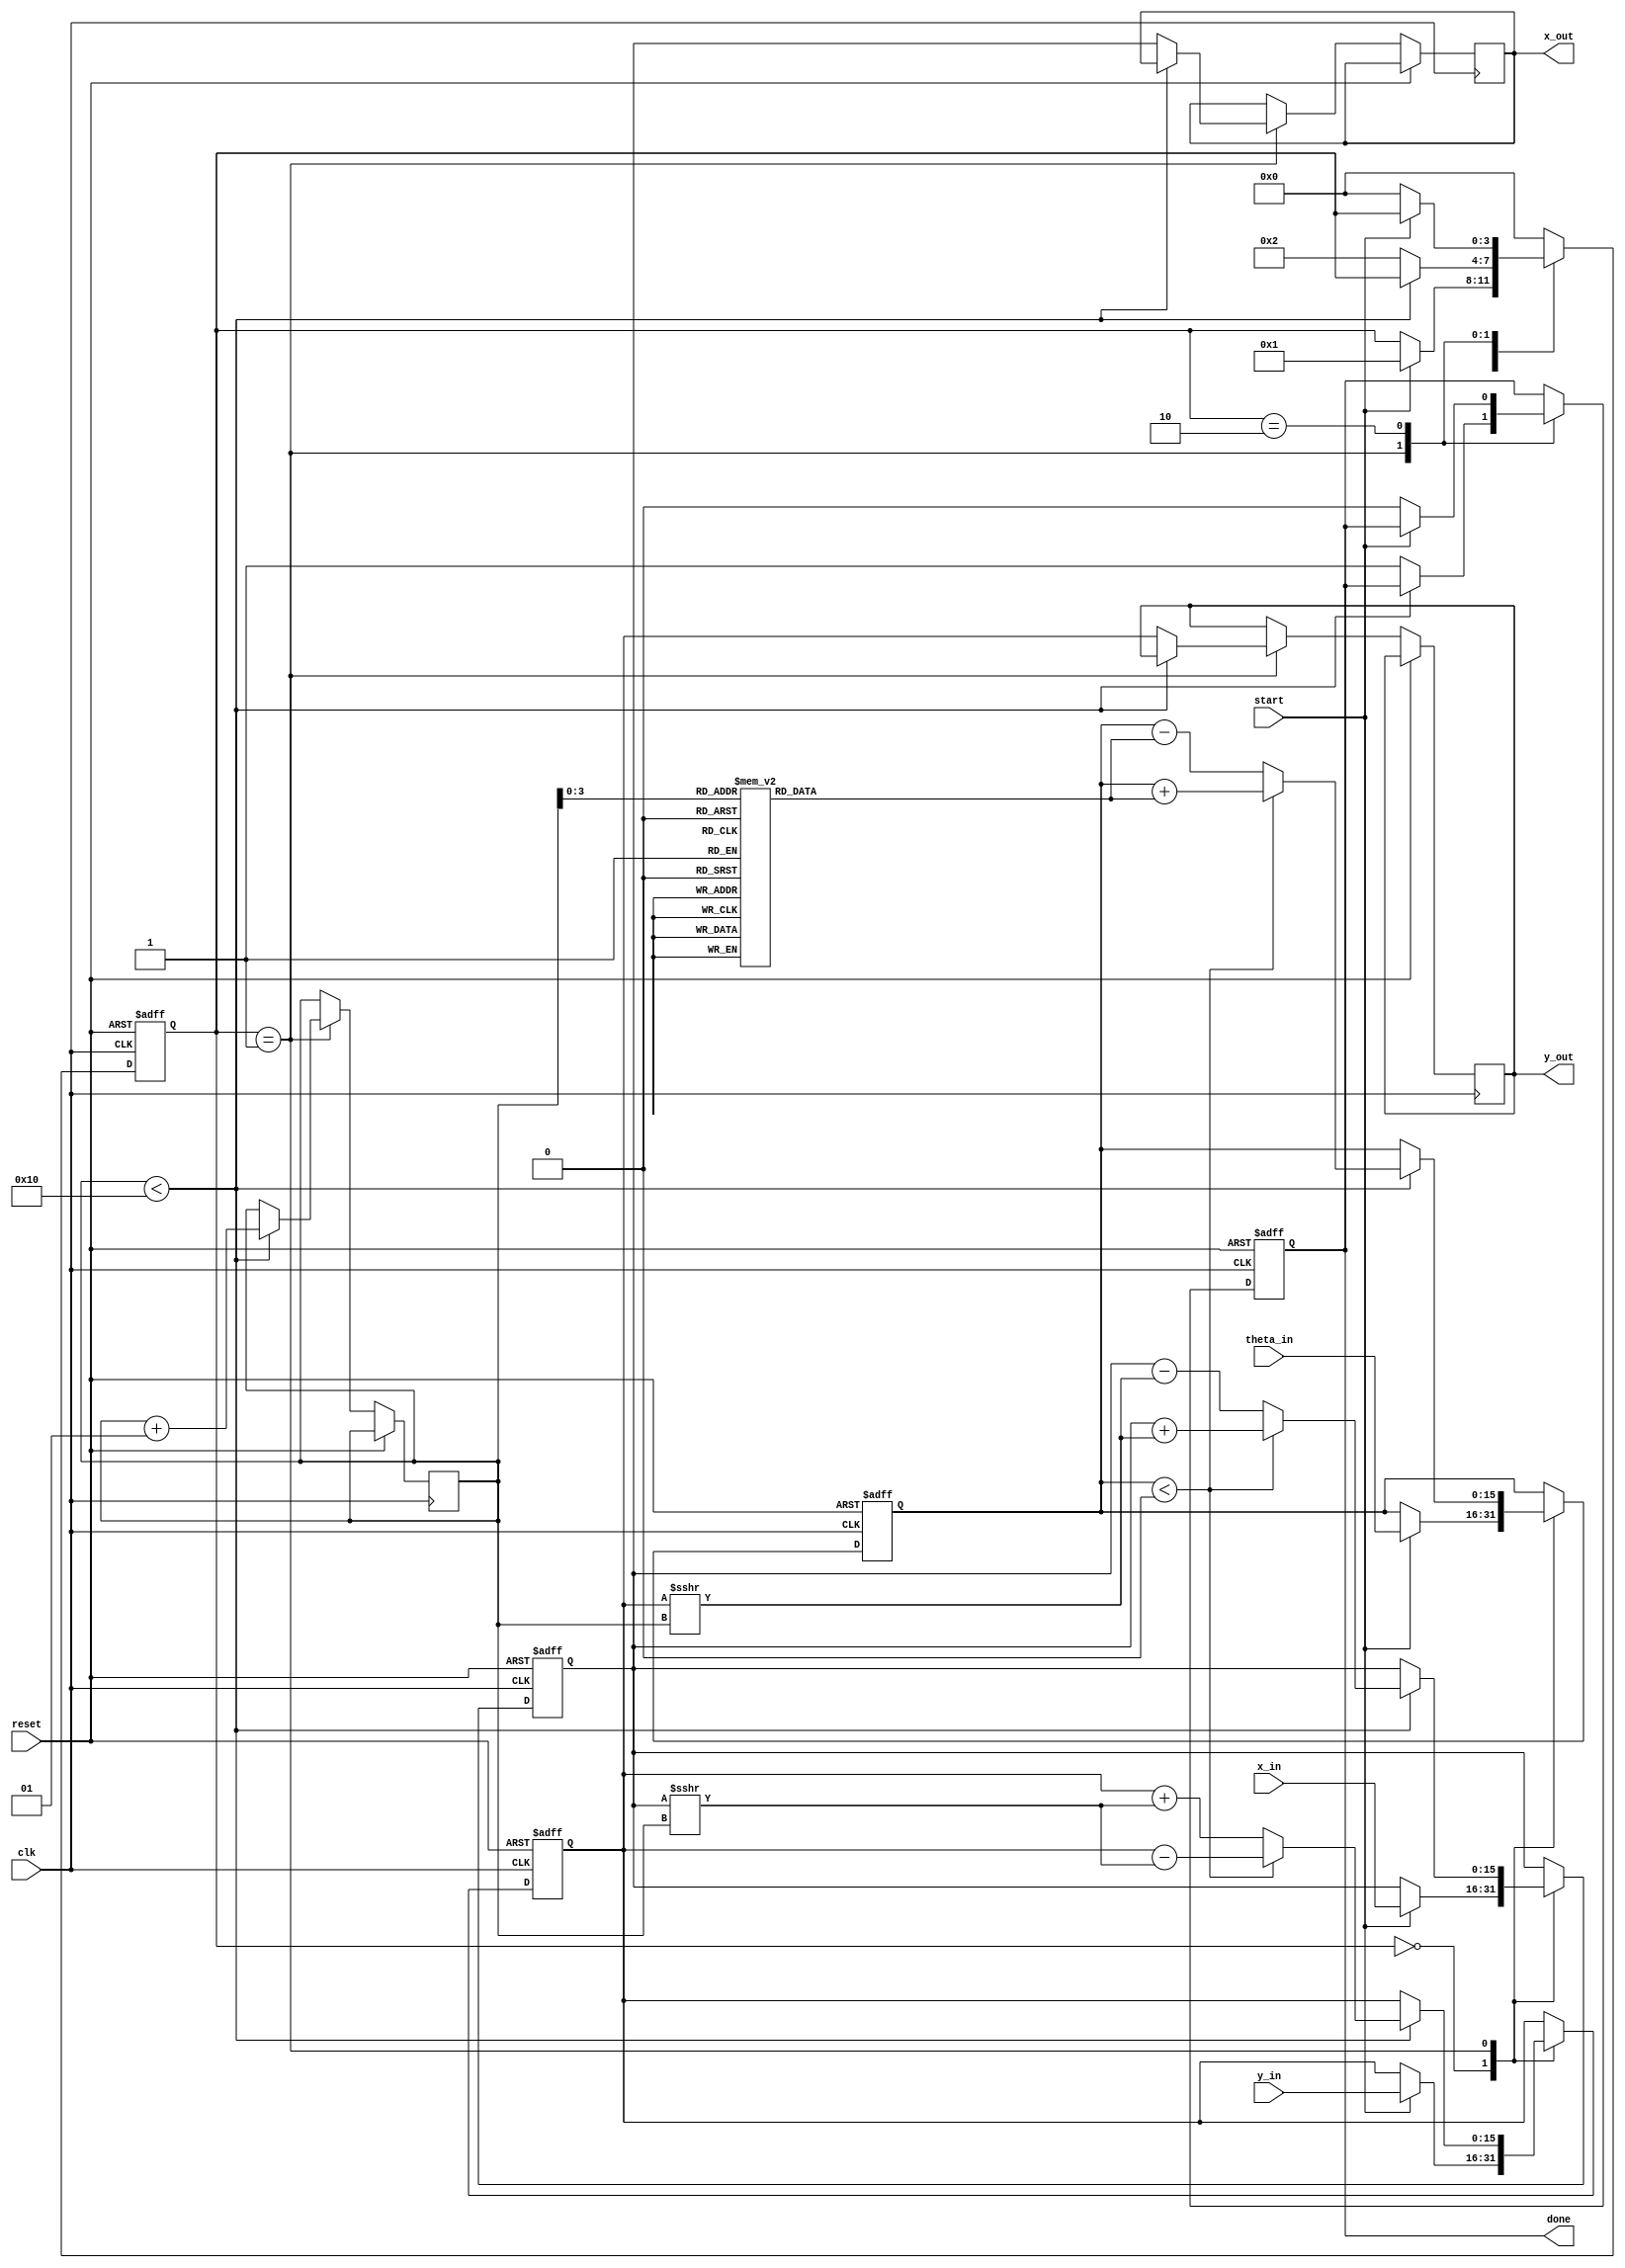
module cordic_rotational #(
    parameter NUM_ITERATIONS = 16,
    parameter DATA_WIDTH = 16, // Width of input and output data
    parameter ANGLE_WIDTH = 16  // Width of angle lookup table
) (
    input wire clk,
    input wire reset,
    input wire start,
    input wire signed [DATA_WIDTH-1:0] x_in, // Input X coordinate
    input wire signed [DATA_WIDTH-1:0] y_in, // Input Y coordinate
    input wire signed [ANGLE_WIDTH-1:0] theta_in, // Input angle in radians
    output reg signed [DATA_WIDTH-1:0] x_out, // Output X coordinate
    output reg signed [DATA_WIDTH-1:0] y_out, // Output Y coordinate
    output reg done // Indicates completion
);

    // CORDIC lookup table for angles
    reg signed [ANGLE_WIDTH-1:0] angle_lut [0:NUM_ITERATIONS-1];
    
    integer i;
    reg signed [DATA_WIDTH-1:0] x_reg, y_reg;
    reg signed [ANGLE_WIDTH-1:0] theta_reg;
    reg [3:0] state;
    
    initial begin
        // Initialize angle_lut with precomputed arctangent values
        angle_lut[0] = 16'h3C90; // atan(1) in Q15 format
        angle_lut[1] = 16'h3D90; // atan(1/2) in Q15 format
        angle_lut[2] = 16'h3E20; // atan(1/4) in Q15 format
        // Add further initialization for other iterations...
    end

    // State machine for processing
    always @(posedge clk or posedge reset) begin
        if (reset) begin
            x_reg <= 0;
            y_reg <= 0;
            theta_reg <= 0;
            done <= 0;
            state <= 0;
        end else begin
            case (state)
                0: begin // Initialization state
                    if (start) begin
                        x_reg <= x_in;
                        y_reg <= y_in;
                        theta_reg <= theta_in;
                        state <= 1; // Move to iteration state
                    end
                end
                
                1: begin // CORDIC iteration
                    if (i < NUM_ITERATIONS) begin
                        if (theta_reg < 0) begin // Rotate counter-clockwise
                            x_reg <= x_reg + (y_reg >>> i);
                            y_reg <= y_reg - (x_reg >>> i);
                            theta_reg <= theta_reg + angle_lut[i];
                        end else begin // Rotate clockwise
                            x_reg <= x_reg - (y_reg >>> i);
                            y_reg <= y_reg + (x_reg >>> i);
                            theta_reg <= theta_reg - angle_lut[i];
                        end
                        i = i + 1;
                    end else begin
                        x_out <= x_reg; // Store output
                        y_out <= y_reg;
                        done <= 1; // Indicate completion
                        state <= 2; // Move to done state
                    end
                end
                
                2: begin // Done state
                    if (!start) begin
                        done <= 0;
                        state <= 0; // Reset to initialization state
                    end
                end

                default: state <= 0; // Safety default
            endcase
        end
    end
endmodule